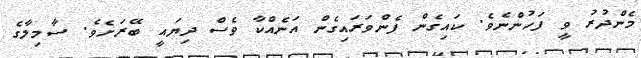
މެންދުރު ވީ ފަހުންނެވެ. ކައިގެން ފެންވަރައިގެން އަނެއްކާ ވެސް ދިޔައީ ބޭރަށެވެ. ސާމިލާގެ